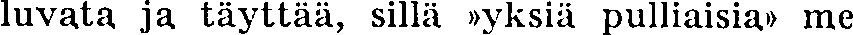
luvata ja täyttää, sillä »yksiä pulliaisia» me